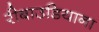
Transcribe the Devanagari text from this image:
रीबाउडियाना